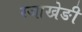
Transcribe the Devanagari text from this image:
रजाखेङी